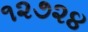
૧૨૭૨૪